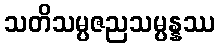
သတိသမ္ပဇညသမ္ပန္နဿ